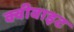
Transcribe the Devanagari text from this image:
क्वीवाइट